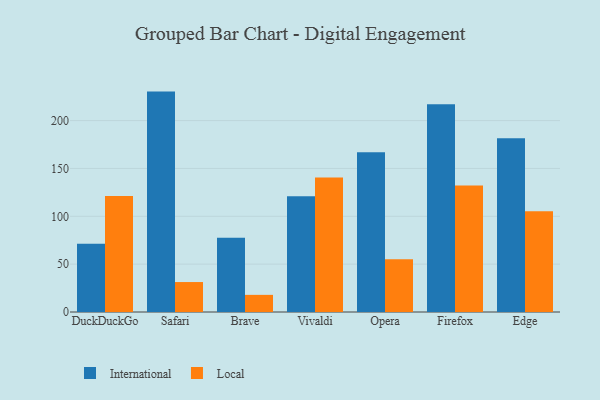
{"axis": {"x": "Browser", "y": "Bounce Rate (%)"}, "legend": ["International", "Local"], "data": [{"x": "DuckDuckGo", "y": 71.4, "type": "International"}, {"x": "DuckDuckGo", "y": 121.2, "type": "Local"}, {"x": "Safari", "y": 230.3, "type": "International"}, {"x": "Safari", "y": 31.3, "type": "Local"}, {"x": "Brave", "y": 77.7, "type": "International"}, {"x": "Brave", "y": 17.9, "type": "Local"}, {"x": "Vivaldi", "y": 121.0, "type": "International"}, {"x": "Vivaldi", "y": 140.6, "type": "Local"}, {"x": "Opera", "y": 166.8, "type": "International"}, {"x": "Opera", "y": 55.2, "type": "Local"}, {"x": "Firefox", "y": 217.0, "type": "International"}, {"x": "Firefox", "y": 132.2, "type": "Local"}, {"x": "Edge", "y": 181.5, "type": "International"}, {"x": "Edge", "y": 105.2, "type": "Local"}]}